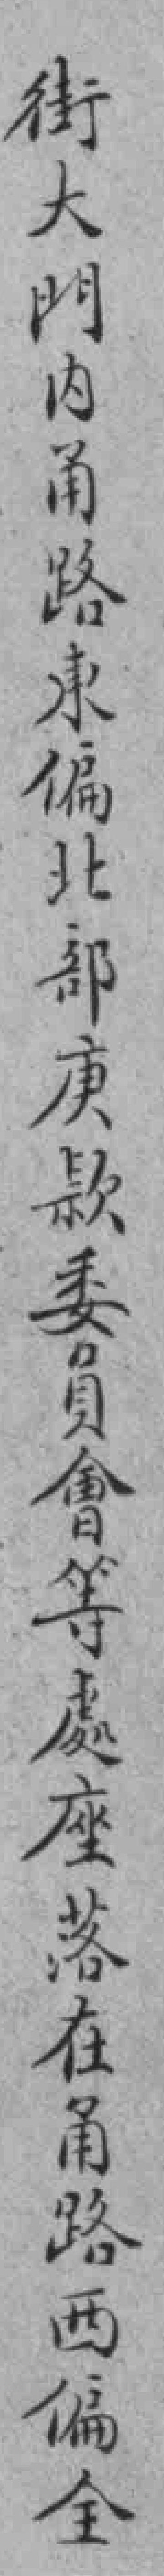
街大門內甬路東偏北部庚款委員會等處座落在甬路西偏全